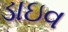
ડાઇવ